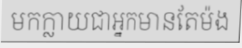
មកក្លាយជាអ្នកមានតែម៉ង